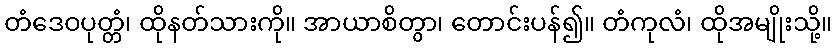
တံဒေဝပုတ္တံ၊ ထိုနတ်သားကို။ အာယာစိတွာ၊ တောင်းပန်၍။ တံကုလံ၊ ထိုအမျိုးသို့။